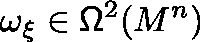
\omega _ { \xi } \in \mathsf { \Omega } ^ { 2 } ( M ^ { n } )